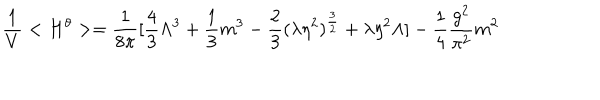
LaTeX: \frac { 1 } { V } < H ^ { \theta } > = \frac { 1 } { 8 \pi } [ \frac { 4 } { 3 } \Lambda ^ { 3 } + \frac { 1 } { 3 } m ^ { 3 } - \frac { 2 } { 3 } ( \lambda \eta ^ { 2 } ) ^ { \frac { 3 } { 2 } } + \lambda \eta ^ { 2 } \Lambda ] - \frac { 1 } { 4 } \frac { g ^ { 2 } } { \pi ^ { 2 } } m ^ { 2 }